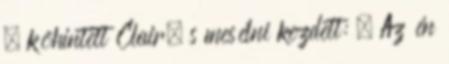
– köhintett Clair, s mesélni kezdett: – Az én